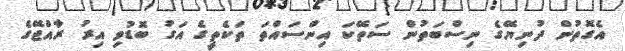
އެގޮތުން ދުނިޔޭގެ ނިސްބަތުން ސަތޭކަ އިންސައްތަ ތަކެތީގެ އަގު ބޮޑުވި އިރު ރާއްޖޭގެ